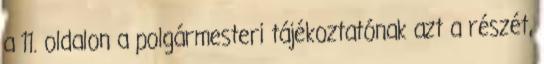
a 11. oldalon a polgármesteri tájékoztatónak azt a részét,